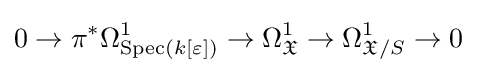
0\to \pi ^{*}\Omega _{{\text{Spec}}(k[\varepsilon ])}^{1}\to \Omega _{\mathfrak {X}}^{1}\to \Omega _{{\mathfrak {X}}/S}^{1}\to 0